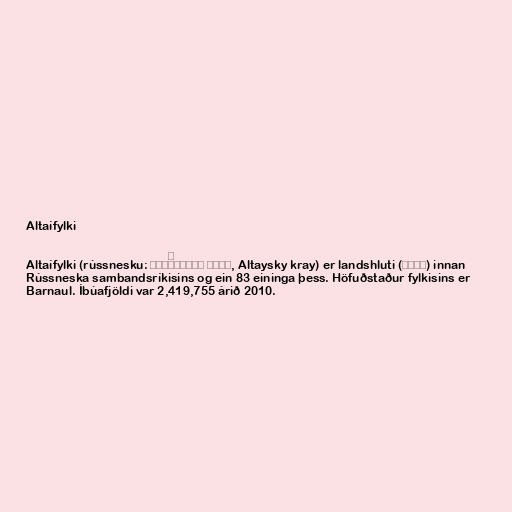
Altaífylki

Altaífylki (rússnesku: Алта́йский край, Altaysky kray) er landshluti (край) innan
Rússneska sambandsríkisins og ein 83 eininga þess. Höfuðstaður fylkisins er
Barnaul. Íbúafjöldi var 2,419,755 árið 2010.